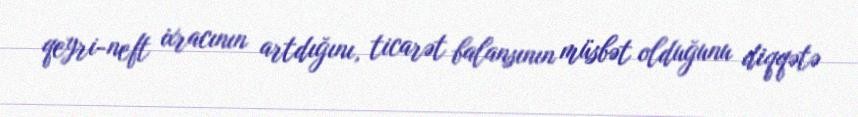
qeyri-neft ixracının artdığını, ticarət balansının müsbət olduğunu diqqətə